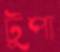
টুপা